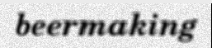
beermaking